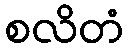
စလိတံ